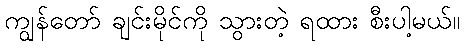
ကျွန်တော် ချင်းမိုင်ကို သွားတဲ့ ရထား စီးပါ့မယ်။